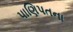
પાણિપતના